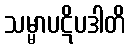
သမ္မာပဋိပဒါတိ